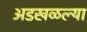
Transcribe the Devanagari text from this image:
अडखळल्या